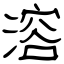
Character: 溶